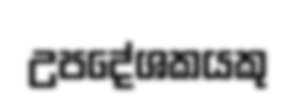
උපදේශකයකු